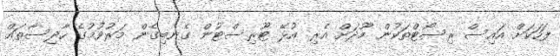
ފަހަކަށް އައިސް ރިސޯޓްތަކުން މޫދަށް އެރި އުޅޭ ޓޫރިސްޓުން ގެނބިގެން މަރުވުމުގެ ހާދިސާތައް